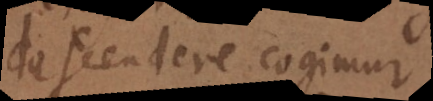
descendere cogimur,